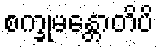
စက္ခုမန္တောတိပိ